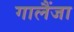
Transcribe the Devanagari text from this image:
गालैंजा